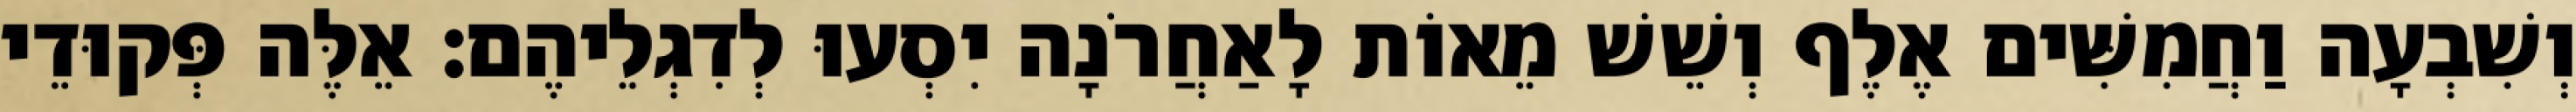
וְשִׁבְעָה וַחֲמִשִּׁים אֶלֶף וְשֵׁשׁ מֵאוֹת לָאַחֲרֹנָה יִסְעוּ לְדִגְלֵיהֶם׃ אֵלֶּה פְּקוּדֵי